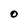
Character: O